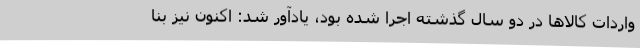
واردات کالاها در دو سال گذشته اجرا شده بود، یادآور شد: اکنون نیز بنا